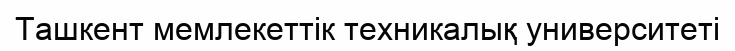
Ташкент мемлекеттік техникалық университеті